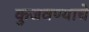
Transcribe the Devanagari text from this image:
कुजवण्याचे